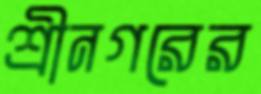
শ্রীনগরের